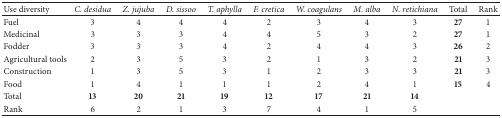
<table><thead><tr><td><b>Use diversity</b></td><td><b><i>C. desidua </i></b></td><td><b><i>Z. jujuba </i></b></td><td><b><i>D. sissoo </i></b></td><td><b><i>T. aphylla </i></b></td><td><b><i>F. cretica </i></b></td><td><b><i>W. coagulans </i></b></td><td><b><i>M. alba </i></b></td><td><b><i>N. retichiana </i></b></td><td><b>Total</b></td><td><b>Rank</b></td></tr></thead><tbody><tr><td>Fuel</td><td>3</td><td>4</td><td>4</td><td>4</td><td>2</td><td>3</td><td>4</td><td>3</td><td><b>27</b></td><td>1</td></tr><tr><td>Medicinal</td><td>3</td><td>3</td><td>3</td><td>4</td><td>4</td><td>5</td><td>3</td><td>2</td><td><b>27</b></td><td>1</td></tr><tr><td>Fodder</td><td>3</td><td>3</td><td>3</td><td>4</td><td>2</td><td>4</td><td>4</td><td>3</td><td><b>26</b></td><td>2</td></tr><tr><td>Agricultural tools</td><td>2</td><td>3</td><td>5</td><td>3</td><td>2</td><td>1</td><td>3</td><td>2</td><td><b>21</b></td><td>3</td></tr><tr><td>Construction</td><td>1</td><td>3</td><td>5</td><td>3</td><td>1</td><td>2</td><td>3</td><td>3</td><td><b>21</b></td><td>3</td></tr><tr><td>Food</td><td>1</td><td>4</td><td>1</td><td>1</td><td>1</td><td>2</td><td>4</td><td>1</td><td><b>15</b></td><td>4</td></tr><tr><td>Total</td><td><b>13</b></td><td><b>20</b></td><td><b>21</b></td><td><b>19</b></td><td><b>12</b></td><td><b>17</b></td><td><b>21</b></td><td><b>14</b></td><td> </td><td> </td></tr><tr><td>Rank</td><td>6</td><td>2</td><td>1</td><td>3</td><td>7</td><td>4</td><td>1</td><td>5</td><td> </td><td> </td></tr></tbody></table>